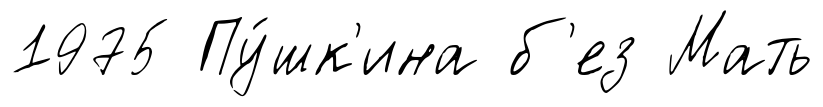
1975 Пу́шк'ина б'ез Мать